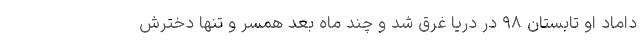
داماد او تابستان ۹۸ در دریا غرق شد و چند ماه بعد همسر و تنها دخترش